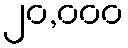
၂၀,၀၀၀